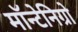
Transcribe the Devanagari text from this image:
मॉन्टेनिग्रो